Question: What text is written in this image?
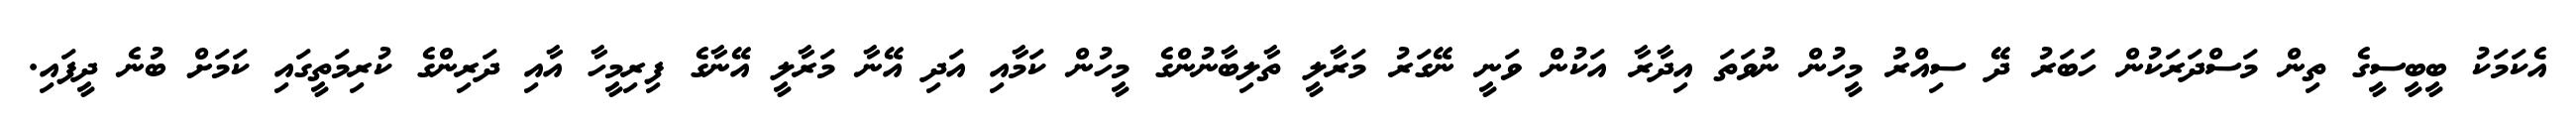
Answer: އެކަމަކު ބީބީސީގެ ތިން މަސްދަރަކުން ހަބަރު ދޭ ސިއްރު މީހުން ނުވަތަ އިދާރާ އަކުން ވަނީ ނޭގަރު މަރާލީ ތާލިބާނުންގެ މީހުން ކަމާއި އަދި އޭނާ މަރާލީ އޭނާގެ ފިރިމީހާ އާއި ދަރިންގެ ކުރިމަތީގައި ކަމަށް ބުނެ ދީފައި.